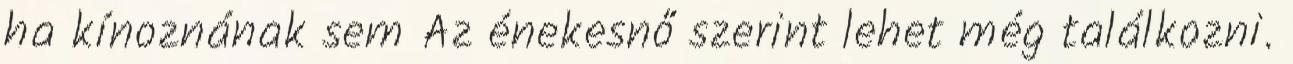
ha kínoznának sem Az énekesnő szerint lehet még találkozni.